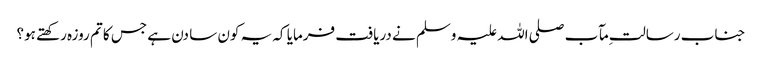
جناب رسالت ِمآب صلی اللہ علیہ وسلم نے دریافت فرمایا کہ یہ کون سا دن ہے جس کا تم روزہ رکھتے ہو؟